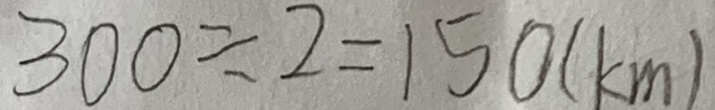
3 0 0 \div 2 = 1 5 0 ( k m )